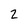
Character: 2